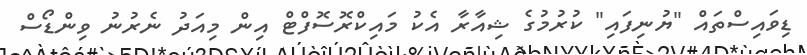
ޑިވައިސްތައް "ޔުނިފައި" ކުރުމުގެ ޝިއާރާ އެކު މައިކްރޮސޮފްޓް އިން މިއަދު ނެރުނު ވިންޑޯސް